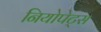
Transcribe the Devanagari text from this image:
नियोपेट्स